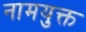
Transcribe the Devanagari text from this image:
नामयुक्त